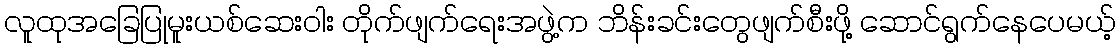
လူထုအခြေပြုမူးယစ်ဆေးဝါး တိုက်ဖျက်ရေးအဖွဲ့က ဘိန်းခင်းတွေဖျက်စီးဖို့ ဆောင်ရွက်နေပေမယ့်